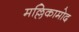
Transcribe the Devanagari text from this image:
मल्लिकामोद